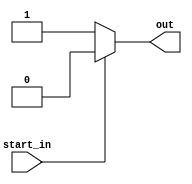
`timescale 1ns / 1ps
//////////////////////////////////////////////////////////////////////////////////
// Company: 
// Engineer: 
// 
// Design Name: 
// Module Name:    START_DECT 
// Project Name: 
// Target Devices: 
// Tool versions: 
// Description: 
//
// Dependencies: 
//
// Revision: 
// Revision 0.01 - File Created
// Additional Comments: 
//
//////////////////////////////////////////////////////////////////////////////////

module START_DECT(
    input start_in,
    output reg out
    );
	 
	 always @(start_in)
		begin
			out = (start_in == 0) ? 1'b1 : 1'b0;
		end


endmodule